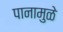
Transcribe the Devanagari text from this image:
पानामुळे